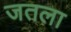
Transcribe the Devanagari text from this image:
जतला